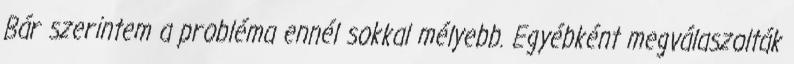
Bár szerintem a probléma ennél sokkal mélyebb. Egyébként megválaszolták